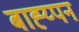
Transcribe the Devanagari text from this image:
बाह्य्पन